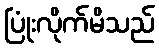
ပြုံးလိုက်မိသည်